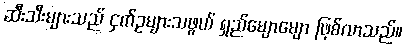
ဆီးသီးများသည် ငှက်ဥများသဖွယ် ရှည်မျောမျော ဖြစ်လာသည်။